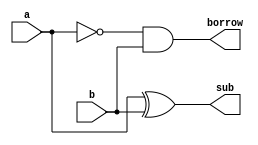
// Implementation of half substrctor using structural modeling in  verilog

module half_sub(a, b, sub, borrow);
  input a;
  input b;
  output sub;
  output borrow;
  
  assign sub = a ^ b;
  assign borrow = ~a & b;
  
endmodule